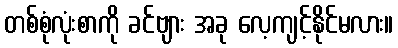
တစ်စုံလုံးစာကို ခင်ဗျား အခု လေ့ကျင့်နိုင်မလား။